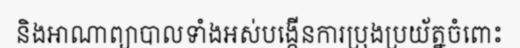
និងអាណាព្យាបាលទាំងអស់បង្កើនការប្រុងប្រយ័ត្នចំពោះ